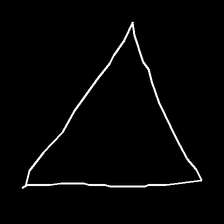
Glyph: convergence